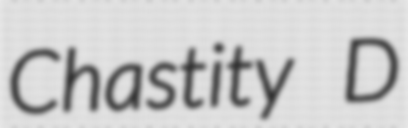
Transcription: Chastity D